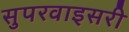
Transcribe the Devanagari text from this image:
सुपरवाइसरी